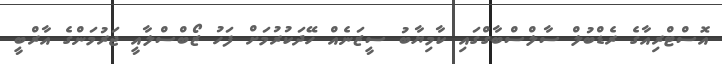
އޮސްޓްރިއާގެ ރެޑްބުލް ސާލްސްބާގްގައި ކާމިޔާބު ސީޒަނެއް ހޭދަކުރުމަށް ފަހު ޒޯބްސްލާއީ ޖަރުމަންގެ އާރްބީ